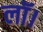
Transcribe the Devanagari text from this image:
लॉ।